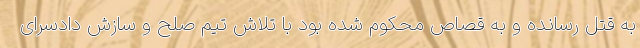
به قتل رسانده و به قصاص محکوم شده بود با تلاش تیم صلح و سازش دادسرای